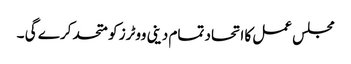
مجلس عمل کا اتحاد تمام دینی ووٹرز کو متحد کر ے گی ۔